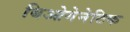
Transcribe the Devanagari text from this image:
बिओगेनेटिक